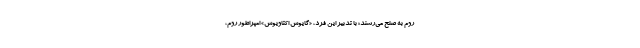
روم به صلح می‌‌رسند؛ با تدبیر این فرد، «گایوس اکتاویوس» امپراطور روم،